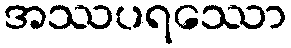
အဿပရဿော